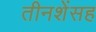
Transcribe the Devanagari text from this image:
तीनशेंसह